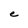
Character: e